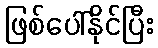
ဖြစ်ပေါ်နိုင်ပြီး